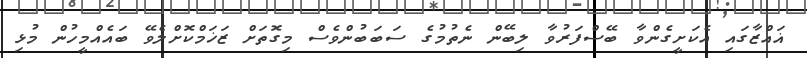
ޣައްޒާގައި އެކަށީގެންވާ ބޭސްފަރުވާ ލިބޭން ނެތުމުގެ ސަބަބުންވެސް މިގޮތަށް ޒަޚަމްކޮށްލެވޭ ބައެއްމީހުން މުޅި